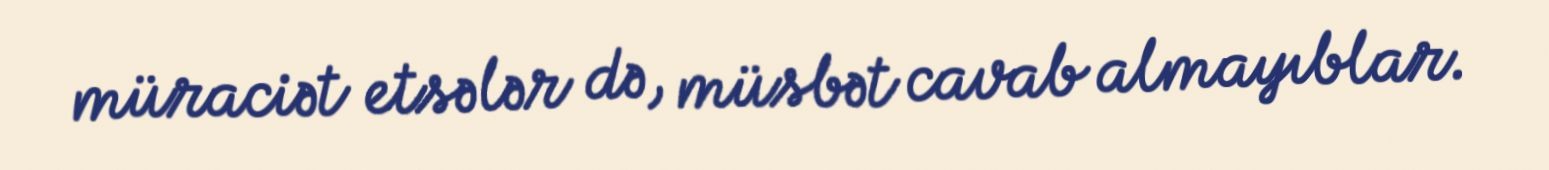
müraciət etsələr də, müsbət cavab almayıblar.